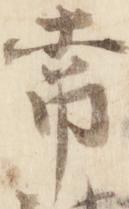
常